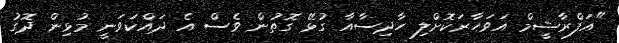
"އަފްރާޝީމް އަވަހާރަކޮށްލި ހާދިސާއާ ގުޅޭ ގޮތުން ވެސް އެ ދައްކަވަނީ މުޅިން ދޮގު